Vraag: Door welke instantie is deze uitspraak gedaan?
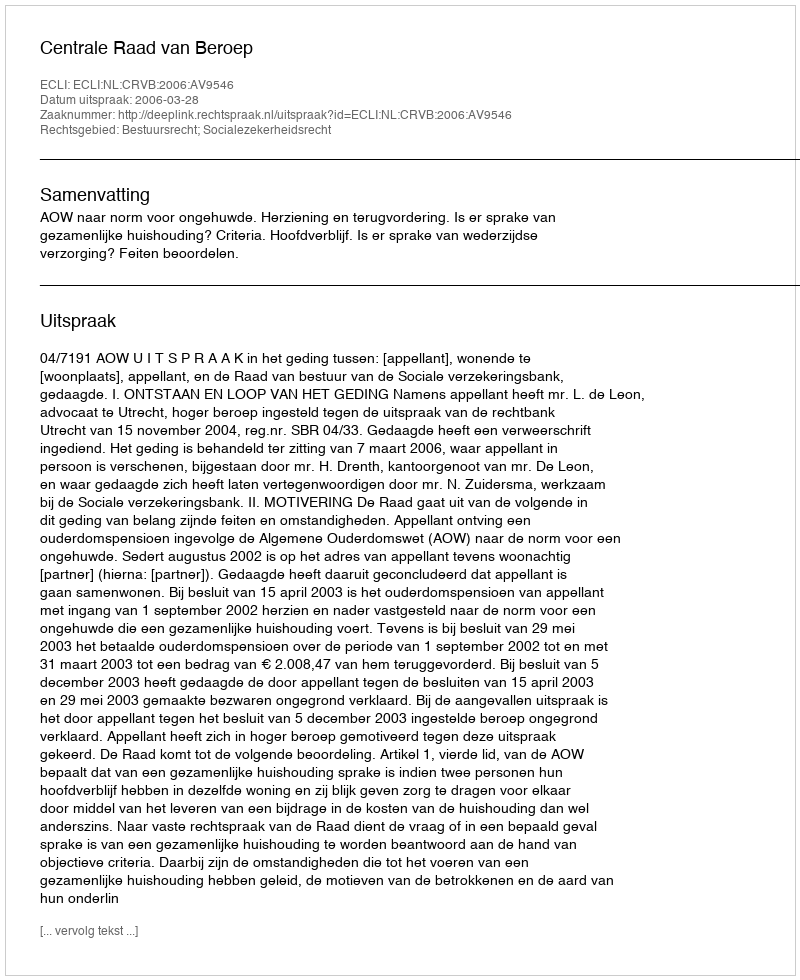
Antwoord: Centrale Raad van Beroep